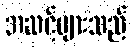
အဆင့်များသည်